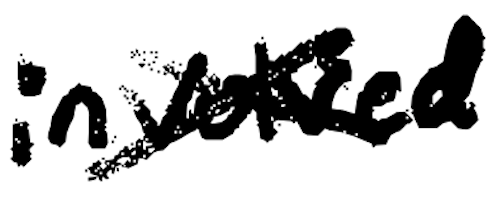
Text: involved
Cross-out: mix
Writing tool: digital_black